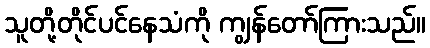
သူတို့တိုင်ပင်နေသံကို ကျွန်တော်ကြားသည်။